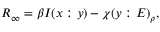
R _ { \infty } = \beta I ( x : y ) - \chi ( y : E ) _ { \rho } ,